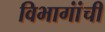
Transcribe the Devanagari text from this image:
विभागांंची